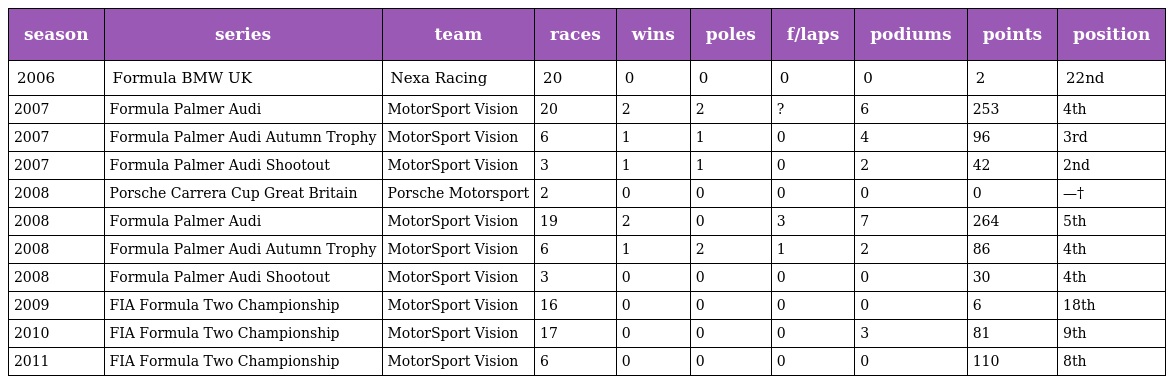
| season | series | team | races | wins | poles | f/laps | podiums | points | position |
 | --- | --- | --- | --- | --- | --- | --- | --- | --- | --- |
 | 2006 | Formula BMW UK | Nexa Racing | 20 | 0 | 0 | 0 | 0 | 2 | 22nd |
 | 2007 | Formula Palmer Audi | MotorSport Vision | 20 | 2 | 2 | ? | 6 | 253 | 4th |
 | 2007 | Formula Palmer Audi Autumn Trophy | MotorSport Vision | 6 | 1 | 1 | 0 | 4 | 96 | 3rd |
 | 2007 | Formula Palmer Audi Shootout | MotorSport Vision | 3 | 1 | 1 | 0 | 2 | 42 | 2nd |
 | 2008 | Porsche Carrera Cup Great Britain | Porsche Motorsport | 2 | 0 | 0 | 0 | 0 | 0 | —† |
 | 2008 | Formula Palmer Audi | MotorSport Vision | 19 | 2 | 0 | 3 | 7 | 264 | 5th |
 | 2008 | Formula Palmer Audi Autumn Trophy | MotorSport Vision | 6 | 1 | 2 | 1 | 2 | 86 | 4th |
 | 2008 | Formula Palmer Audi Shootout | MotorSport Vision | 3 | 0 | 0 | 0 | 0 | 30 | 4th |
 | 2009 | FIA Formula Two Championship | MotorSport Vision | 16 | 0 | 0 | 0 | 0 | 6 | 18th |
 | 2010 | FIA Formula Two Championship | MotorSport Vision | 17 | 0 | 0 | 0 | 3 | 81 | 9th |
 | 2011 | FIA Formula Two Championship | MotorSport Vision | 6 | 0 | 0 | 0 | 0 | 110 | 8th |